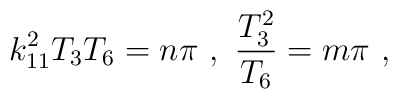
k_{11}^2 T_3 T_6 = n \pi \ , \ {T_3^2 \over T_6}=m \pi \ ,